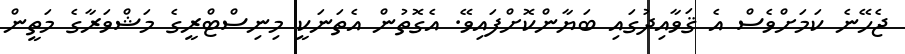
ޖެހޭނެ ކަމަށްވެސް އެ ޤަވާއިދުގައި ބަޔާންކޮށްފައިވޭ. އެގޮތުން އެތަނަކީ މިނިސްޓްރީގެ މަޝްވަރާގެ މަތީން